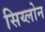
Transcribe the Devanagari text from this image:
सिय्लोन